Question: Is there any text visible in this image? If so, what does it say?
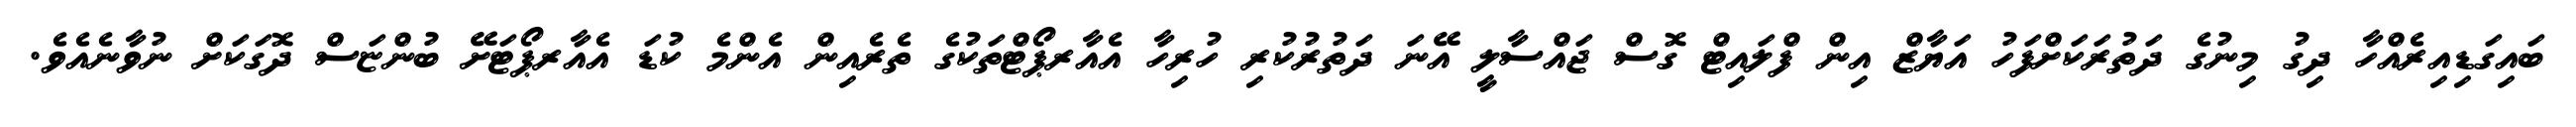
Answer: ބައިގަޑިއިރެއްހާ ދިގު މިނުގެ ދަތުރަކަށްފަހު އަޔާޒް އިން ފްލައިޓް ގޮސް ޖައްސާލީ އޭނަ ދަތުރުކުރި ހުރިހާ އެއާރޕޯޓްތަކުގެ ތެރެއިން އެންމެ ކުޑަ އެއާރޕޯޓަށޭ ބުންޏަސް ދޮގަކަށް ނުވާނެއެވެ.